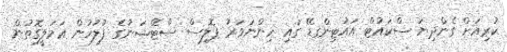
ކުރިއަށް ގެންދިޔަ ސްކައުޓް އައުޓިންގޑޭ ގައި ހިންނަވަރު ޕޮލިސް ސްޓޭޝަނުގެ ފުލުހުން ޢަމަލީގޮތުން